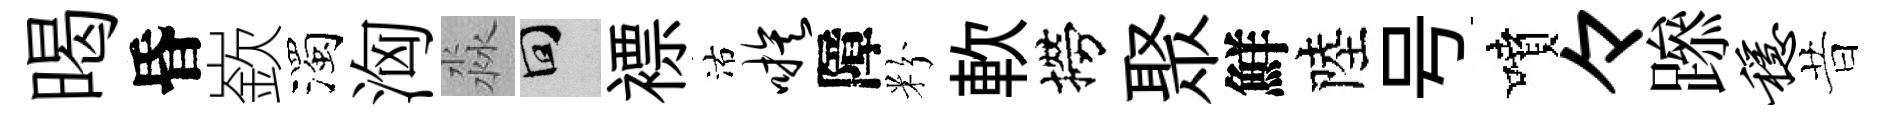
暍昏嶔濁洶淼回褾沽嗾障粉軟撈聚鮮陸号噴々𨅶稳昔